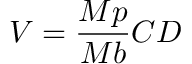
V = { \frac { M p } { M b } } C D